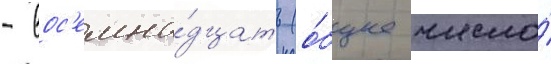
- вос'емна́дцать (о́бщее число́